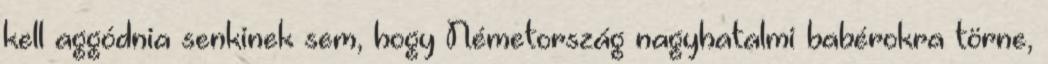
kell aggódnia senkinek sem, hogy Németország nagyhatalmi babérokra törne,